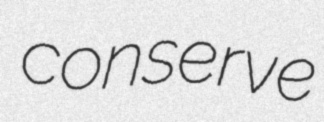
conserve